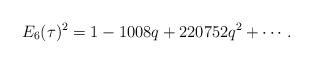
LaTeX: \begin{align*}E_6(\tau)^2=1-1008q+220752q^2+\cdots.\end{align*}